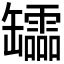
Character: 𦉢